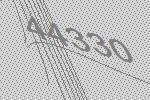
44330